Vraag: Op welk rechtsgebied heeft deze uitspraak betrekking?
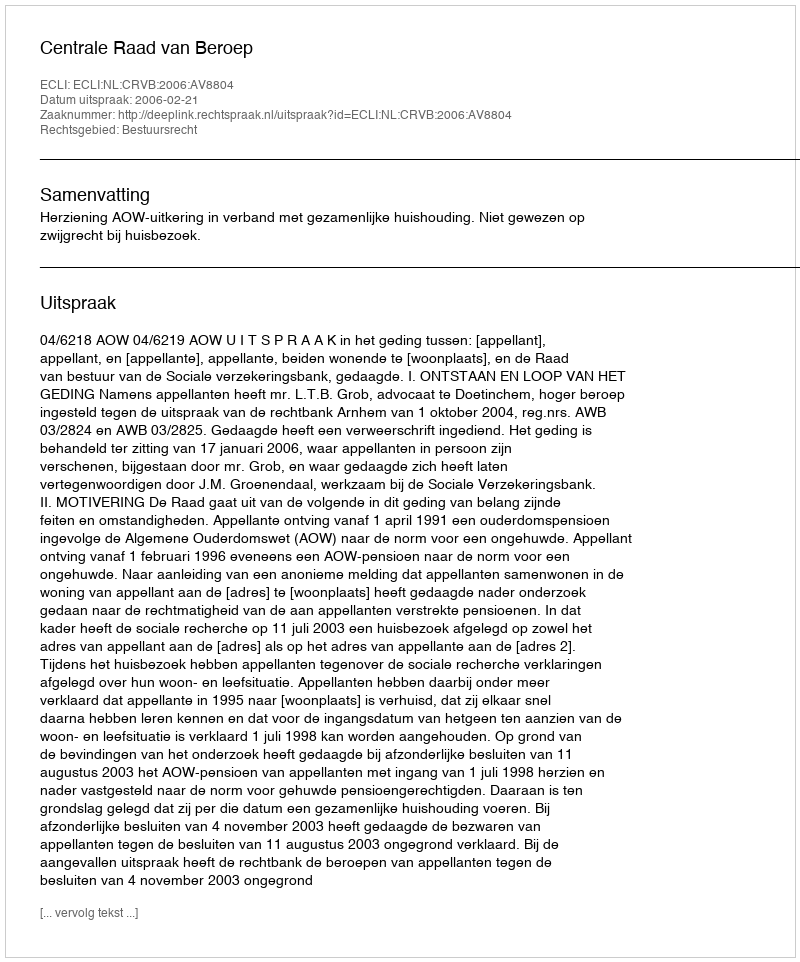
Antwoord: Bestuursrecht